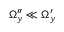
\Omega _ { y } ^ { \prime \prime } \ll \Omega _ { y } ^ { \prime }